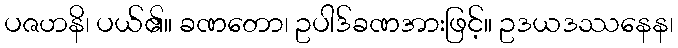
ပဇဟနိ၊ ပယ်၏။ ခဏတော၊ ဥပါဒ်ခဏအားဖြင့်။ ဥဒယဒဿနေန၊